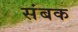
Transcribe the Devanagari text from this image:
संबक